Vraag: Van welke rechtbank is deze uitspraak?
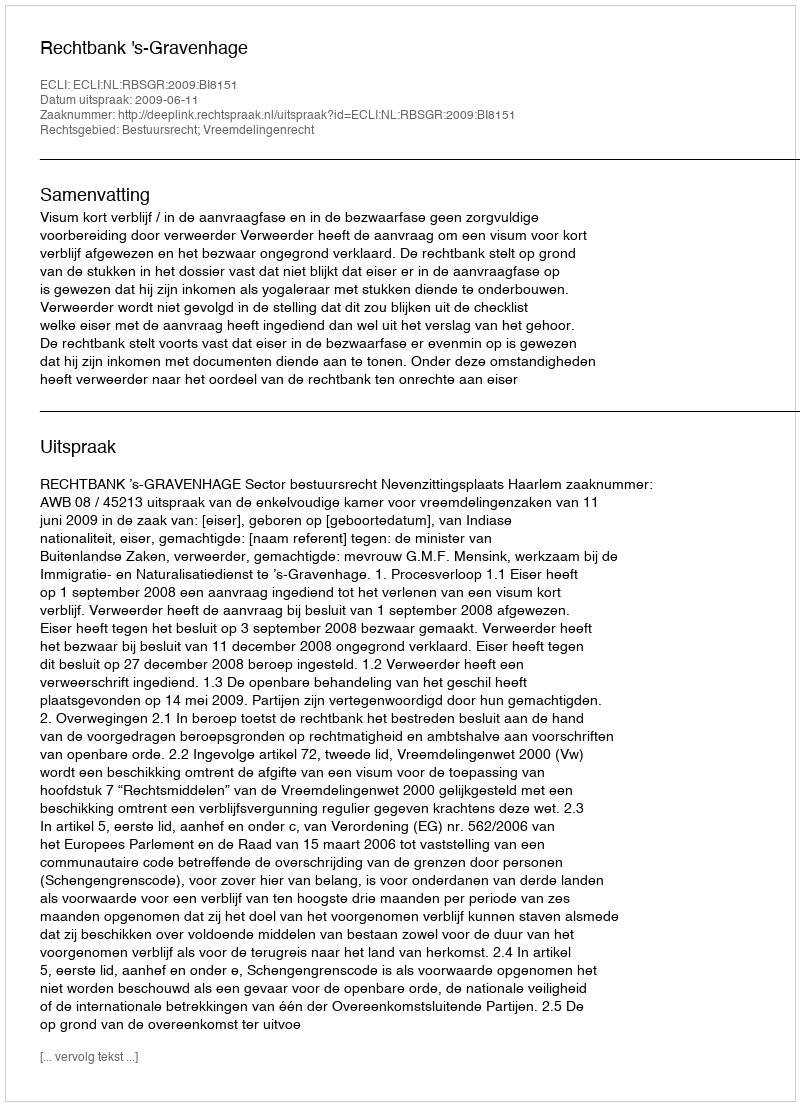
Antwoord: Rechtbank 's-Gravenhage